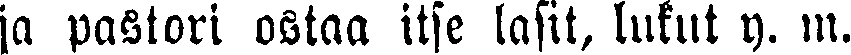
ja pastori ostaa itse lasit, lukut y. m.